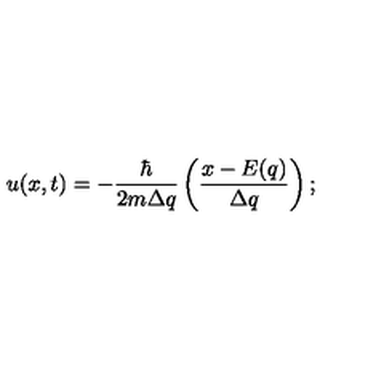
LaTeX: u ( x , t ) = - \frac { \hbar } { 2 m \Delta q } \left( \frac { x - E ( q ) } { \Delta q } \right) ;